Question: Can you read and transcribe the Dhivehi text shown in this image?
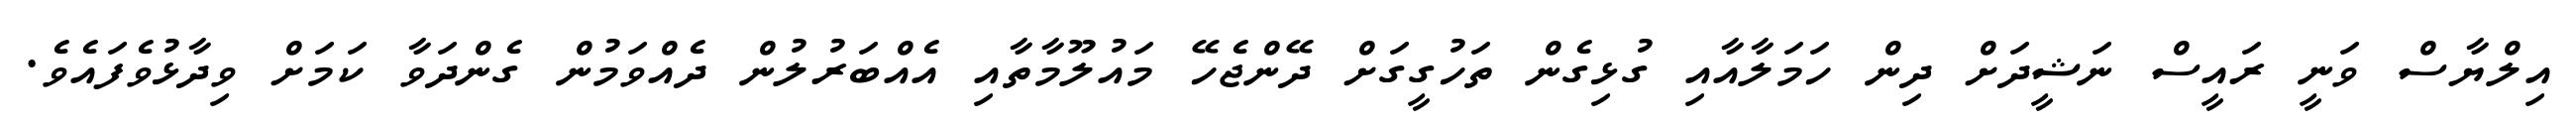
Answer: އިލްޔާސް ވަނީ ރައީސް ނަޝީދަށް ދިން ހަމަލާއާއި ގުޅިގެން ތަހުގީގަށް ދޭންޖެހޭ މައުލޫމާތާއި އެއްބަރުލުން ދެއްވަމުން ގެންދަވާ ކަމަށް ވިދާޅުވެފައެވެ.